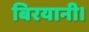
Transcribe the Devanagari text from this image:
बिरयानी।